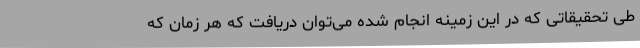
طی تحقیقاتی که در این زمینه انجام شده می‌توان دریافت که هر زمان که